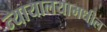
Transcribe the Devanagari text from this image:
न्यायालयामधील